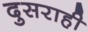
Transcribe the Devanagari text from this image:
दुसराही